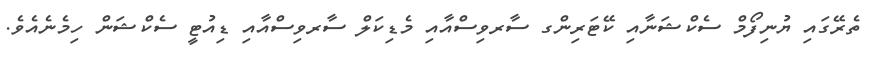
ތެރޭގައި ޔުނިފޯމް ސެކްޝަނާއި ކޭޓަރިންގ ސާރވިސްއާއި މެޑިކަލް ސާރވިސްއާއި ޑިއުޓީ ސެކްޝަން ހިމެނެއެވެ.